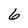
Character: 6